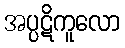
အပ္ပဋိကူလော